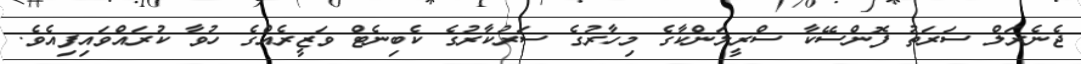
ޖެނެރަލް ސަރަތު ފޮންސޭކާ ސްރީލަންކާގެ މިހާރުގެ ސަރުކާރުގެ ކެބިނެޓް ވަޒީރެއްގެ ހުވާ ކުރައްވައިފިއެވެ.